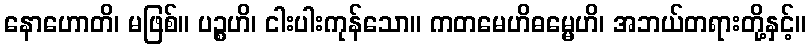
နောဟောတိ၊ မဖြစ်။ ပဉ္စဟိ၊ ငါးပါးကုန်သော။ ကတမေဟိဓမ္မေဟိ၊ အဘယ်တရားတို့နှင့်။